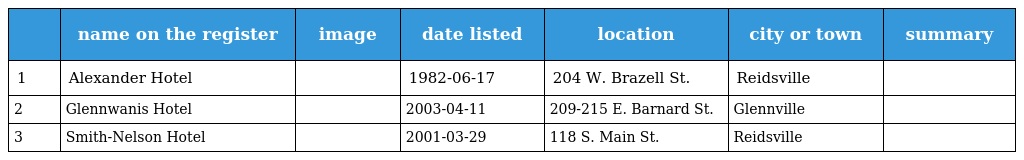
|  | name on the register | image | date listed | location | city or town | summary |
 | --- | --- | --- | --- | --- | --- | --- |
 | 1 | Alexander Hotel |  | 1982-06-17 | 204 W. Brazell St. | Reidsville |  |
 | 2 | Glennwanis Hotel |  | 2003-04-11 | 209-215 E. Barnard St. | Glennville |  |
 | 3 | Smith-Nelson Hotel |  | 2001-03-29 | 118 S. Main St. | Reidsville |  |